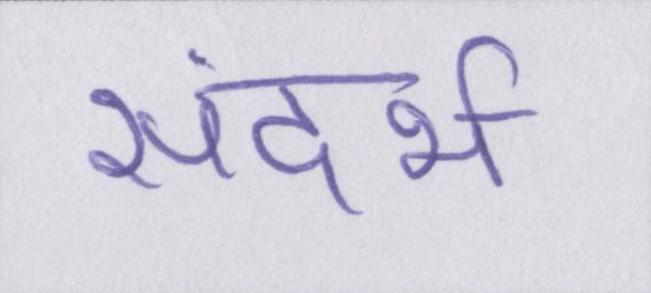
संदर्भ